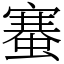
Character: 䗙